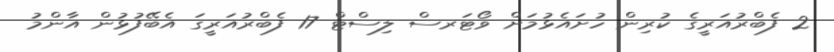
2 ފެބްރުއަރީގެ ކުރިން ހުށައެޅުމަށް ވޯޓަރސް ލިސްޓް 17 ފެބްރުއަރީގަ އެބޭފުޅުން އާންމު